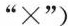
”×”)